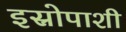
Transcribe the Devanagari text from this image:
इस्रोपाशी